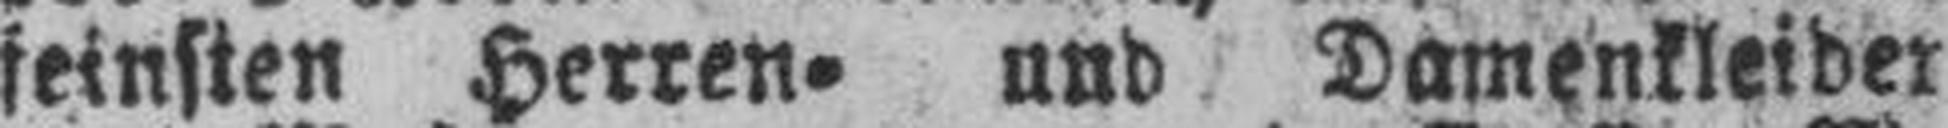
feinsten Herren= und Damenkleider